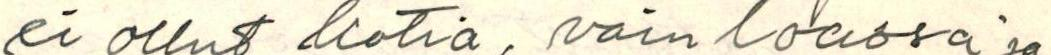
ei ollut kotia, vain loassa ja